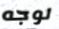
لوجه